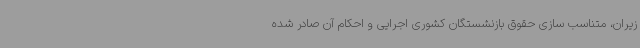
زیران، متناسب سازی حقوق بازنشستگان کشوری اجرایی و احکام آن صادر شده